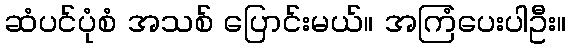
ဆံပင်ပုံစံ အသစ် ပြောင်းမယ်။ အကြံပေးပါဦး။